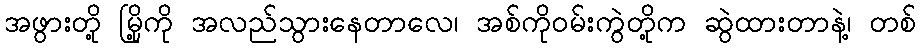
အဖွားတို့ မြို့ကို အလည်သွားနေတာလေ၊ အစ်ကိုဝမ်းကွဲတို့က ဆွဲထားတာနဲ့၊ တစ်